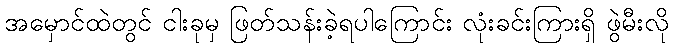
အမှောင်ထဲတွင် ငါးခုမှ ဖြတ်သန်းခဲ့ရပါကြောင်း လုံးခင်းကြားရှိ ဖွဲမီးလို